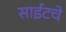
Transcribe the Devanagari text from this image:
साईटचे